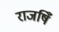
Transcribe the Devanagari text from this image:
राजषिँ